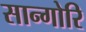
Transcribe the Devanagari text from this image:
सान्गोरि